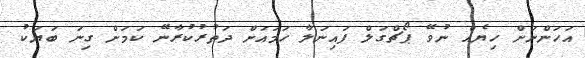
އަހަންނަށް ހިޔެއް ނުވޭ ޕޯޗްގަލް ފައިނަލާ ހަމައަށް ދަތުރުކުރާނޭ ކަމަށް ގިނަ ބަޔަކު